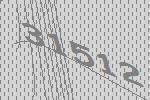
31512